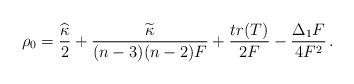
LaTeX: \begin{align*}\rho_0=\frac{\widehat{\kappa}}{2}+\frac{\widetilde{\kappa}}{(n-3)(n-2)F}+\frac{tr(T)}{2F}-\frac{\Delta_1F}{4F^2}\,.\end{align*}